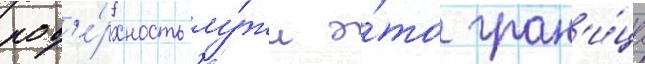
пов'е́рхность лу́жи э́то гран'и́ца